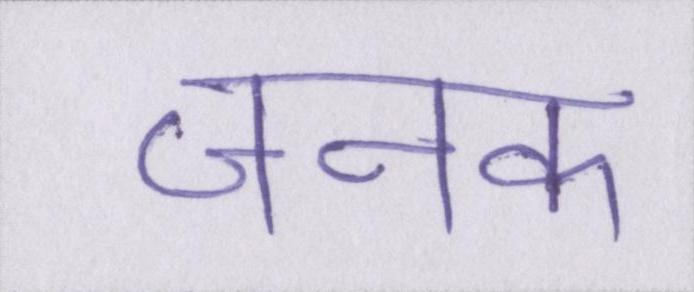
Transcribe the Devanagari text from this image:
जनक